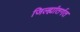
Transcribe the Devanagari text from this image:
जिल्ह्यांतर्गत